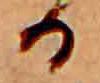
る